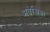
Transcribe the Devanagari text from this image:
अवेसिन्ना